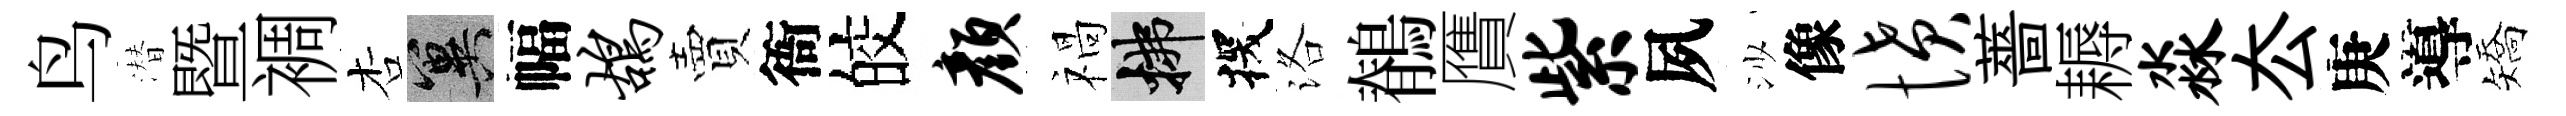
鸟潜暨裯杏冀幅鸪賣衙皎颜禍拂探洛鶺贋紫夙沙像愤薔耨淼厺庚導矯